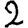
Digit: 2